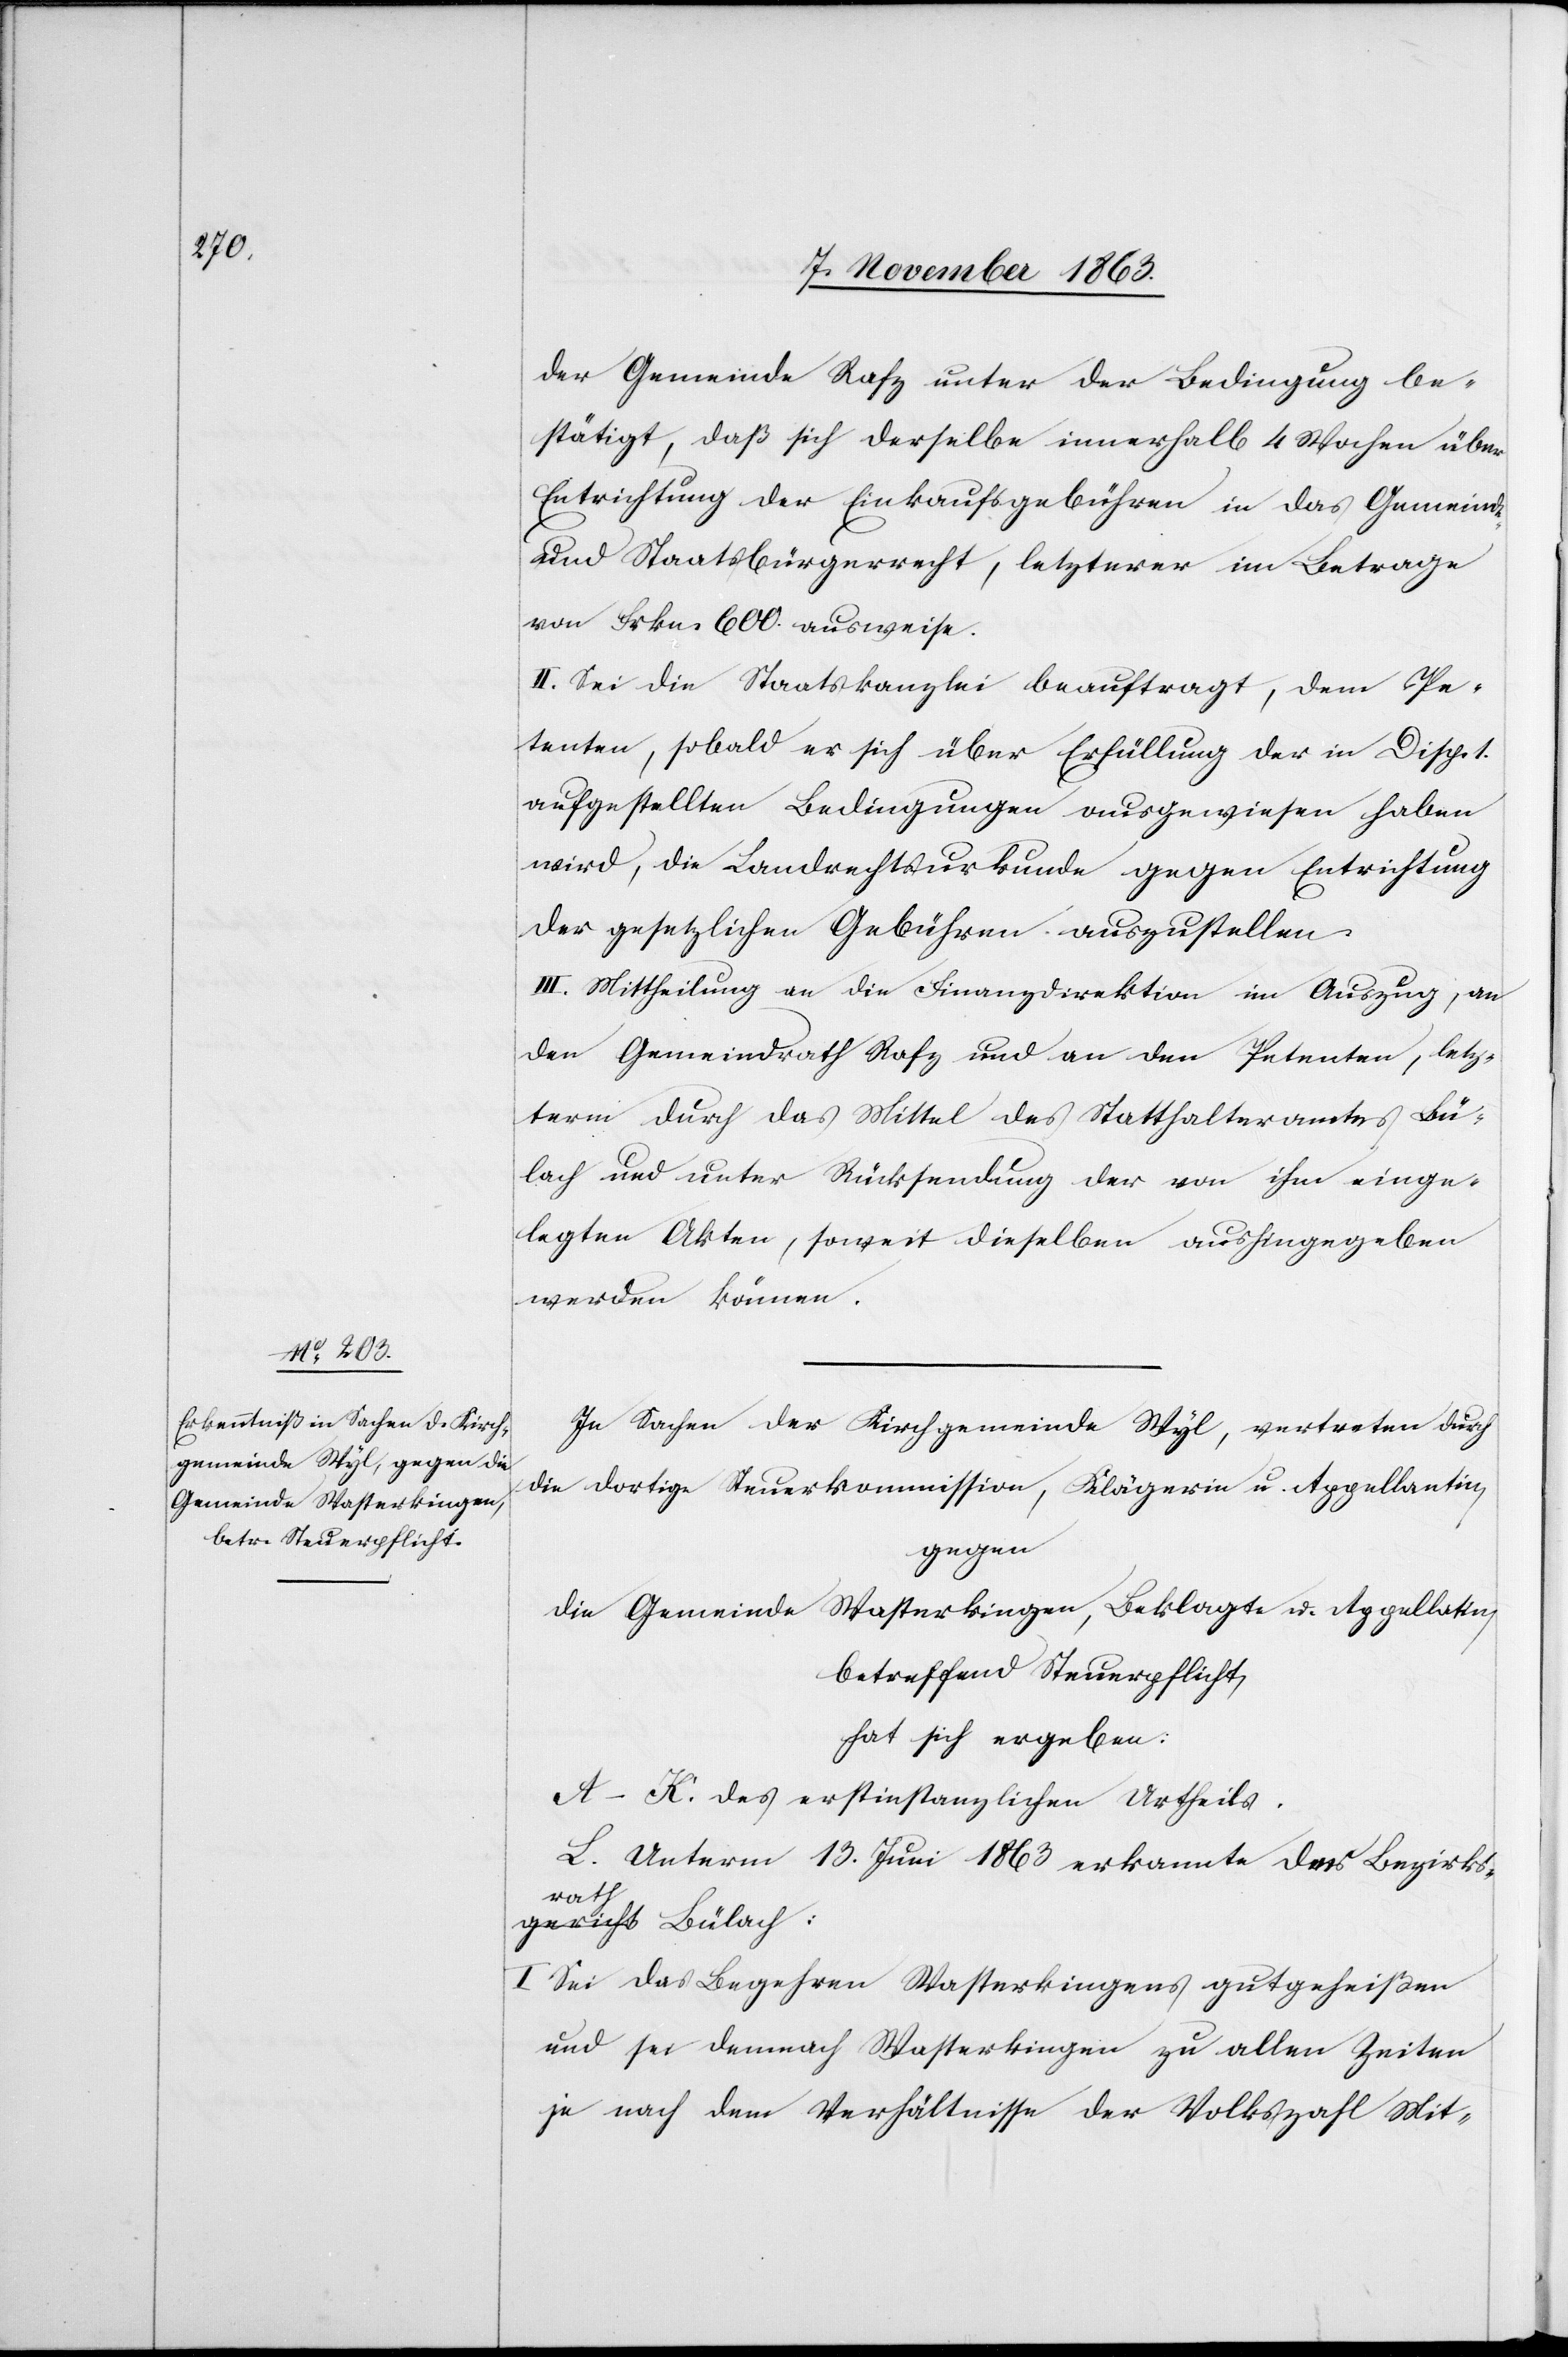
gericht

der Gemeinde Rafz unter der Bedingung be¬
stätigt, daß sich derselbe innerhalb 4 Wochen über
Entrichtung der Einkaufsgebühren in das Gemeinds-
und Staatsbürgerrecht, letzterer im Betrage
von Frkn. 600. ausweise.
II. Sei die Staatskanzlei beauftragt, dem Pe¬
tenten, sobald er sich über Erfüllung der in Disp. 1.
aufgestellten Bedingungen ausgewiesen haben
wird, die Landrechtsurkunde gegen Entrichtung
der gesetzlichen Gebühren auszustellen.
III. Mittheilung an die Finanzdirektion im Auszug, an
den Gemeindrath Rafz und an dem Petenten, letz¬
term durch das Mittel des Statthalteramtes Bü¬
lach und unter Rücksendung der von ihm einge¬
legten Akten, soweit dieselben aushingegeben
werden können.
In Sachen der Kirchgemeinde Wyl, vertreten durch
die dortige Steuerkommission, Klägerin u. Appellantin,
gegen
die Gemeinde Wasterkingen, Beklagte u. Appellatin,
betreffend Steuerpflicht,
hat sich ergeben:
A–K. des erstinstanzlichen Urtheils.
L. Unterm 13. Juni 1863 erkannte a-das Bezirks¬
I. Sei das Begehren Wasterkingens gutgeheißen
und sei demnach Wasterkingen zu allen Zeiten
je nach dem Verhältnisse der Volkszahl Mit-